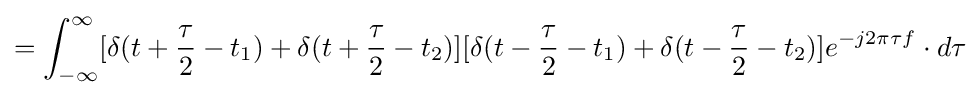
=\int _{-\infty }^{\infty }[\delta (t+{\frac {\tau }{2}}-t_{1})+\delta (t+{\frac {\tau }{2}}-t_{2})][\delta (t-{\frac {\tau }{2}}-t_{1})+\delta (t-{\frac {\tau }{2}}-t_{2})]e^{-j2\pi \tau f}\cdot d\tau